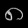
Digit: ၈